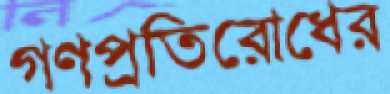
গণপ্রতিরোধের